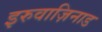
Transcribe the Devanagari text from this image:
इरुवाज़िनाड